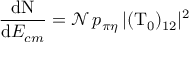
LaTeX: \frac { \mathrm { d } \mathrm { N } } { \mathrm { d } E _ { c m } } = { \mathcal { N } } \, p _ { \pi \eta } \, | ( \mathrm { T } _ { 0 } ) _ { 1 2 } | ^ { 2 }